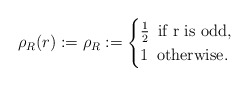
\begin{align*}\rho_R(r):= \rho_R := \begin{cases} \frac{1}{2} \,\,\, \textrm{if r is odd} ,\\ 1 \,\,\, \textrm{otherwise}. \end{cases}\end{align*}